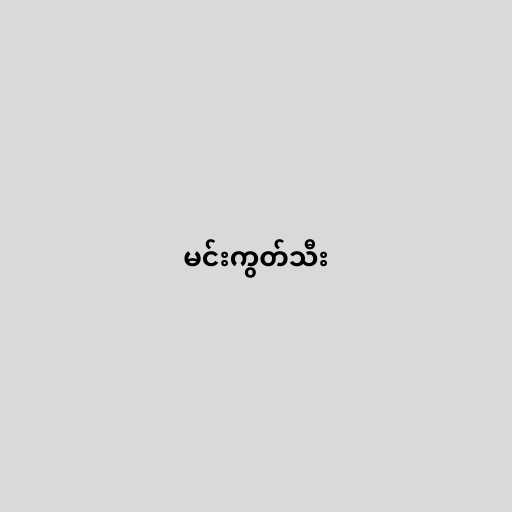
မင်းကွတ်သီး